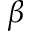
\beta